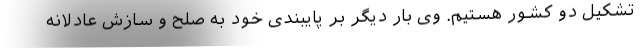
تشکیل دو کشور هستیم. وی بار دیگر بر پایبندی خود به صلح و سازش عادلانه